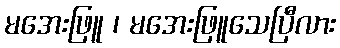
မအေးဖြူ ၊ မအေးဖြူသေပြီလား